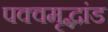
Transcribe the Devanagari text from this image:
पक्वमृद्भांड